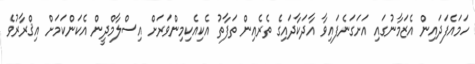
ހަމައެފަދައިން އެޒަމާނުގައި އަށަގަނެފައިވާ އާދަކާދައިގެ ތެރެއިން ތަފާތު އެކިއެކިމިންވަރަށް އިސްލާމްދީން އެކަންކަމަށް އިޤްރާރުވެ